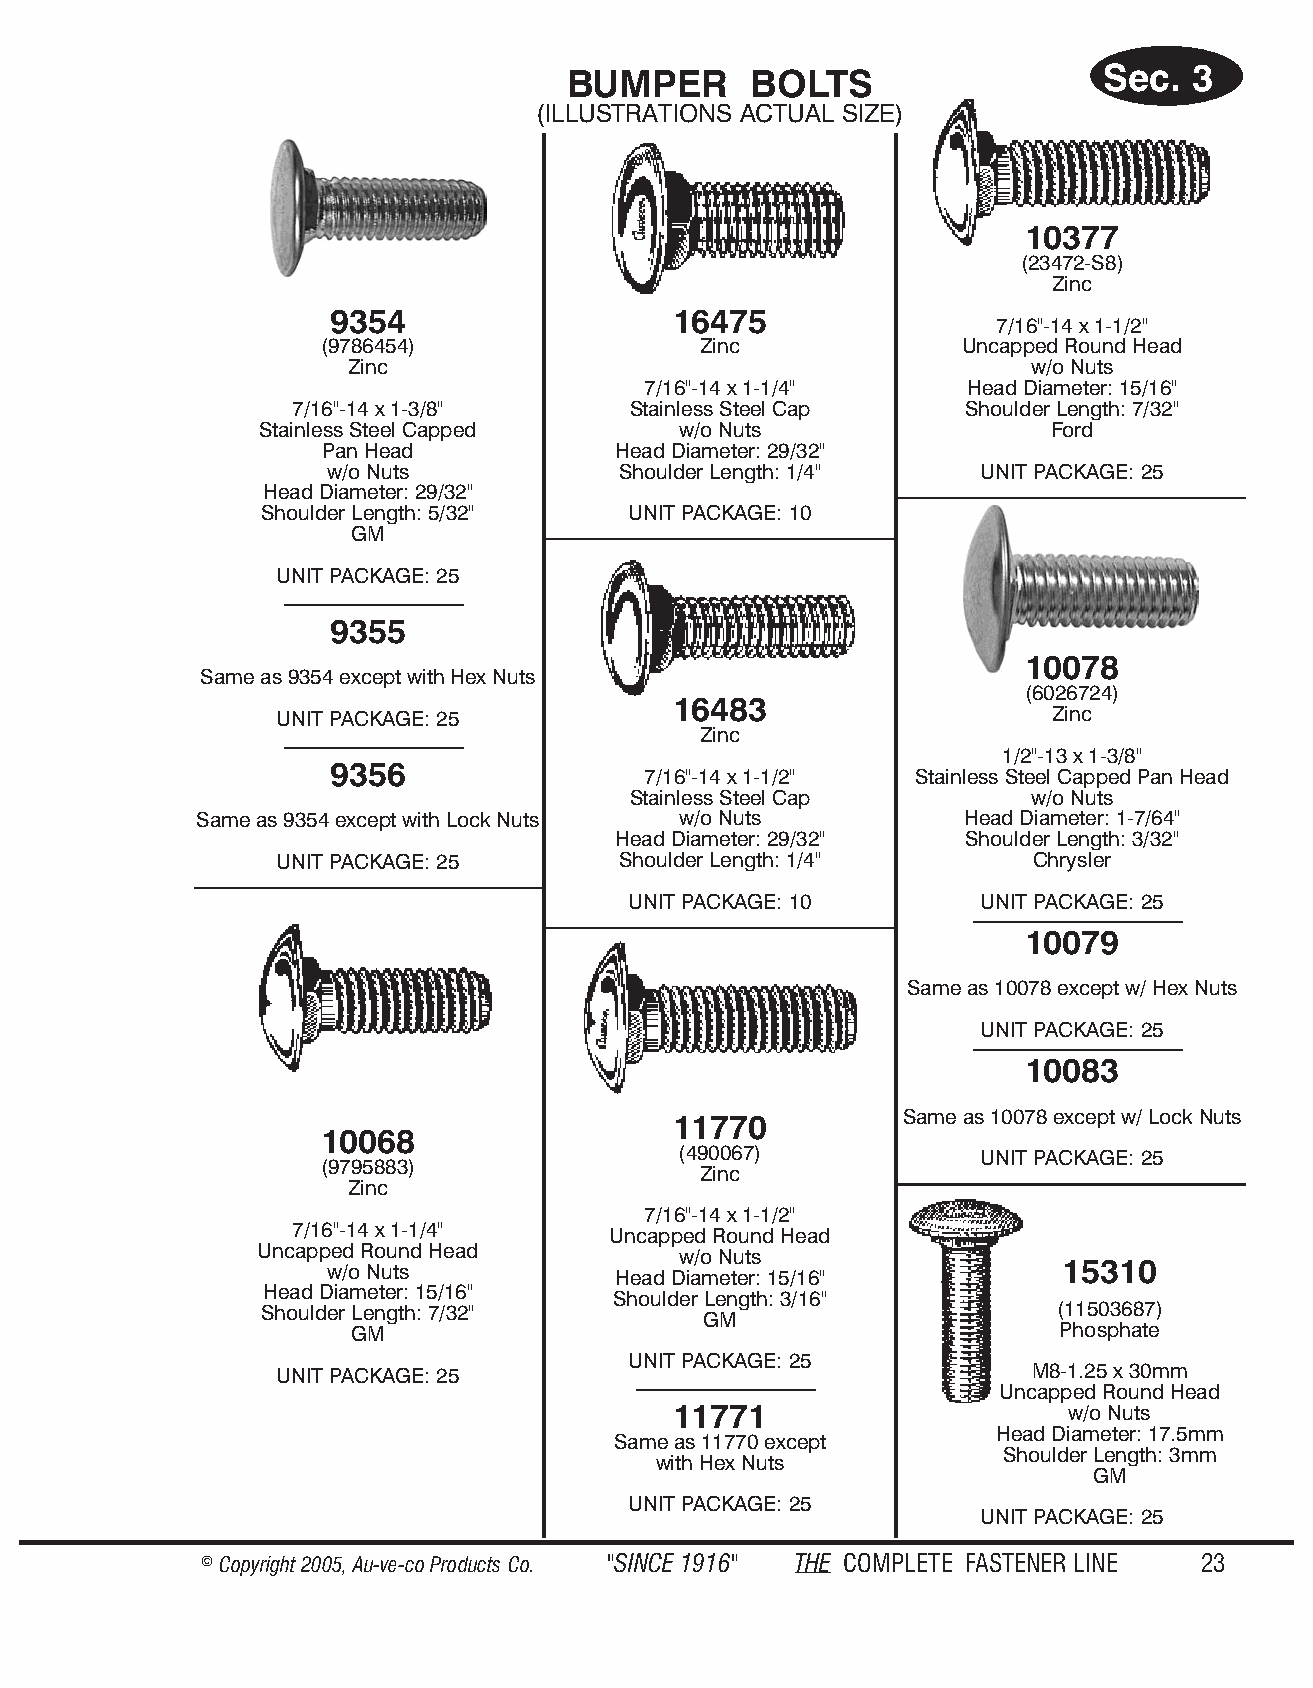
BUMPER      BOLTS                  Sec.  3
 (IL LUS TRA TIONS AC TUAL SIZE)
 10377
 (23472-S8)
 Zinc
 9354                   16475
 7/16"-14 x 1-1/2"
 (9786454)                 Zinc             Uncapped Round Head
 Zinc                                         w/o Nuts
 7/16"-14 x 1-1/4"    Head Diameter: 15/16"
 7/16"-14 x 1-3/8"     Stainless Steel Cap   Shoulder Length: 7/32"
 Stainless Steel Capped      w/o Nuts                 Ford
 Pan Head           Head Diameter: 29/32"
 w/o Nuts           Shoulder Length: 1/4"   UNIT PACKAGE: 25
 Head Diameter: 29/32"
 Shoulder Length: 5/32"  UNIT PACKAGE: 10
 GM
 UNIT PACKAGE: 25
 9355
 10078
 Same as 9354 except with Hex Nuts
 (6026724)
 16483
 UNIT PACKAGE: 25                                   Zinc
 Zinc
 1/2"-13 x 1-3/8"
 9356
 7/16"-14 x 1-1/2" Stainless Steel Capped Pan Head
 Stainless Steel Cap       w/o Nuts
 Same as 9354 except with Lock Nuts w/o Nuts        Head Diameter: 1-7/64"
 Head Diameter: 29/32"  Shoulder Length: 3/32"
 UNIT PACKAGE: 25      Shoulder Length: 1/4"       Chrysler
 UNIT PACKAGE: 10       UNIT PACKAGE: 25
 10079
 Same as 10078 except w/ Hex Nuts
 UNIT PACKAGE: 25
 10083
 11770          Same as 10078 except w/ Lock Nuts
 10068
 (490067)            UNIT PACKAGE: 25
 (9795883)
 Zinc
 Zinc
 7/16"-14 x 1-1/2"
 7/16"-14 x 1-1/4"
 Uncapped Round Head
 Uncapped Round Head
 w/o Nuts
 w/o Nuts                                         15310
 Head Diameter: 15/16"
 Head Diameter: 15/16"
 Shoulder Length: 3/16"
 Shoulder Length: 7/32"                              (11503687)
 GM
 GM                                             Phosphate
 UNIT PACKAGE: 25
 UNIT PACKAGE: 25                                  M8-1.25 x 30mm
 Uncapped Round Head
 11771                     w/o Nuts
 Head Diameter: 17.5mm
 Same as 11770 except
 Shoulder Length: 3mm
 with Hex Nuts
 GM
 UNIT PACKAGE: 25
 UNIT PACKAGE: 25
 © Copyr ight 2005, Au-ve-co Produ cts Co. "SINCE 1916" THE COM PLETE FAST ENER LINE 23